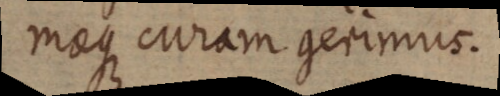
maque curam gerimus.